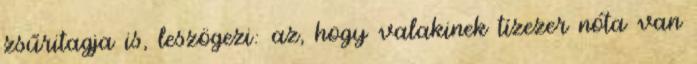
zsűritagja is, leszögezi: az, hogy valakinek tízezer nóta van